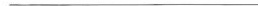
___